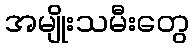
အမျိုးသမီးတွေ